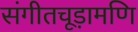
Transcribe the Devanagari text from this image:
संगीतचूड़ामणि